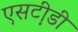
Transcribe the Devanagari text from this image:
एसटी़डी